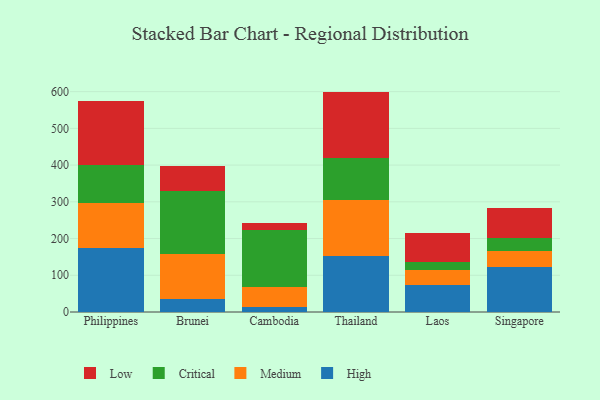
{"axis": {"x": "Country", "y": "Humidity (%)"}, "legend": ["Critical", "High", "Low", "Medium"], "data": [{"x": "Philippines", "y": 173.4, "type": "High"}, {"x": "Philippines", "y": 122.9, "type": "Medium"}, {"x": "Philippines", "y": 104.7, "type": "Critical"}, {"x": "Philippines", "y": 173.4, "type": "Low"}, {"x": "Brunei", "y": 35.3, "type": "High"}, {"x": "Brunei", "y": 122.6, "type": "Medium"}, {"x": "Brunei", "y": 170.4, "type": "Critical"}, {"x": "Brunei", "y": 69.9, "type": "Low"}, {"x": "Cambodia", "y": 13.1, "type": "High"}, {"x": "Cambodia", "y": 55.3, "type": "Medium"}, {"x": "Cambodia", "y": 156.2, "type": "Critical"}, {"x": "Cambodia", "y": 18.5, "type": "Low"}, {"x": "Thailand", "y": 151.8, "type": "High"}, {"x": "Thailand", "y": 154.3, "type": "Medium"}, {"x": "Thailand", "y": 114.5, "type": "Critical"}, {"x": "Thailand", "y": 179.5, "type": "Low"}, {"x": "Laos", "y": 74.6, "type": "High"}, {"x": "Laos", "y": 39.5, "type": "Medium"}, {"x": "Laos", "y": 23.2, "type": "Critical"}, {"x": "Laos", "y": 77.2, "type": "Low"}, {"x": "Singapore", "y": 123.1, "type": "High"}, {"x": "Singapore", "y": 44.3, "type": "Medium"}, {"x": "Singapore", "y": 33.8, "type": "Critical"}, {"x": "Singapore", "y": 82.4, "type": "Low"}]}